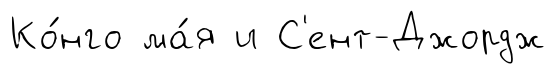
Ко́нго ма́я и С'ент-Джордж